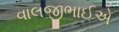
વાલજીભાઈએ